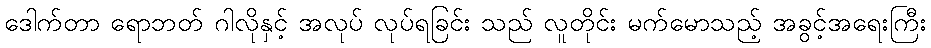
ဒေါက်တာ ရောဘတ် ဂါလိုနှင့် အလုပ် လုပ်ရခြင်း သည် လူတိုင်း မက်မောသည့် အခွင့်အရေးကြီး